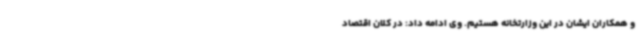
و همکاران ایشان در این وزارتخانه هستیم. وی ادامه داد: در کلان اقتصاد